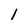
Character: 1